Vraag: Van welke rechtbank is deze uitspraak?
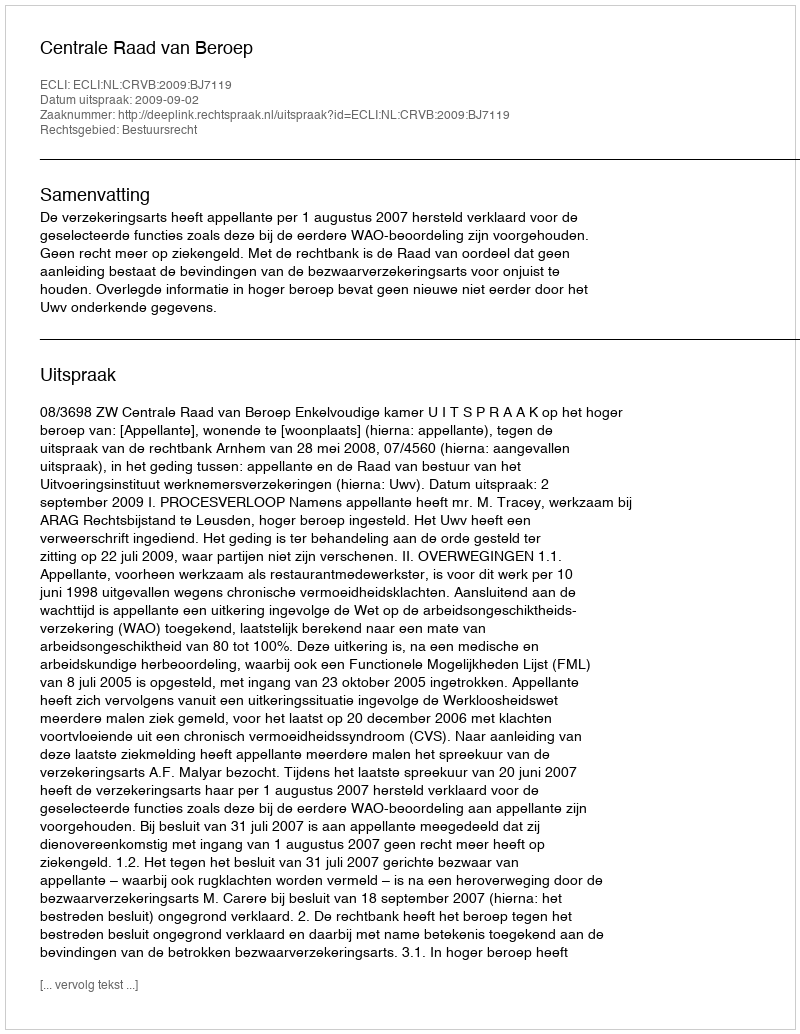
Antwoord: Centrale Raad van Beroep